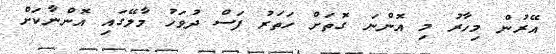
އޭރުން މިހާރު މި އޮންނަ ގޮތަށް ހަތަރު ފަސް ދުވަހު މާލޭގައި އޮންނާކަށް